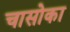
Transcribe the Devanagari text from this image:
चासोका